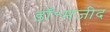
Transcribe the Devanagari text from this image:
डॉ॰मजीद